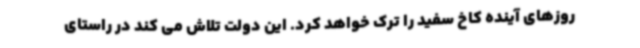
روزهای آینده کاخ سفید را ترک خواهد کرد. این دولت تلاش می کند در راستای